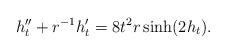
LaTeX: \begin{align*}h_t''+r^{-1}h_t'=8t^2r\sinh(2h_t).\end{align*}